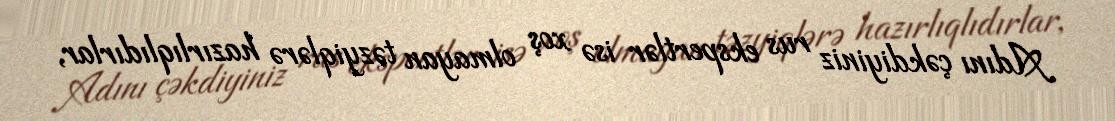
Adını çəkdiyiniz rus ekspertlər isə xoş olmayan təzyiqlərə hazırlıqlıdırlar,